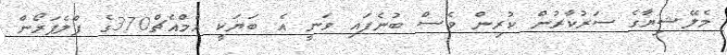
މެލޭޝިޔާގެ ސަރުކާރުން ކުރިން ވެސް ބުނެފައި ވަނީ އެ ބަޔަކީ އެމްއެޗް370ގެ ފްލެޕަރޯން